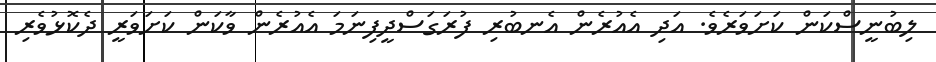
ލިބުނީސްކަން ކަށަވަރެވެ. އަދި އެއުރެން އެނބުރި ފުރަގަސްދީފިނަމަ އެއުރެން ވާކަން ކަށަވަރީ ދެކޮޅުވެރި